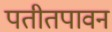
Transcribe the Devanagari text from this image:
पतीतपावन